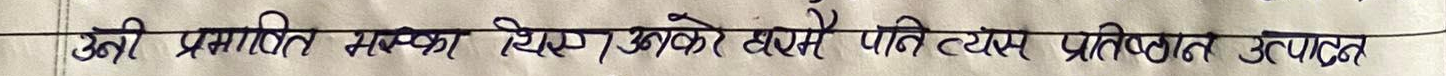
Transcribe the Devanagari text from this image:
उनकी प्रभावित भस्का लिएर, उनको हसमें प्रति ब्यास प्रतिबधान उत्पादन